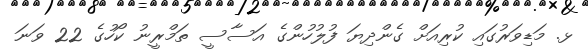
ޅ. މަޑިވަރުގައި ކުރިއަށް ގެންދިޔަ ފުލުހުންގެ އަސާސީ ތަމްރީނު ކޯހުގެ 22 ވަނަ